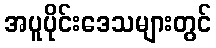
အပူပိုင်းဒေသများတွင်